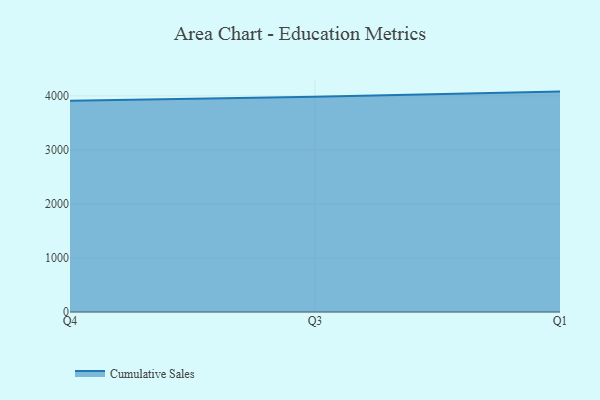
{"axis": {"x": "Quarter", "y": "Net Income (USD K)"}, "legend": ["Cumulative Sales"], "data": [{"x": "Q4", "y": 3911.0, "type": "Cumulative Sales"}, {"x": "Q3", "y": 3983.6, "type": "Cumulative Sales"}, {"x": "Q1", "y": 4079.0, "type": "Cumulative Sales"}]}